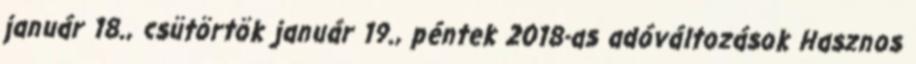
január 18., csütörtök január 19., péntek 2018-as adóváltozások Hasznos